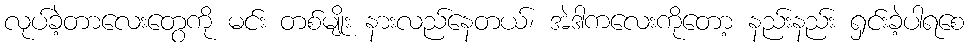
လုပ်ခဲ့တာလေးတွေကို မင်း တစ်မျိုး နားလည်နေတယ်၊ အဲဒါကလေးကိုတော့ နည်းနည်း ရှင်းခဲ့ပါရစေ